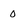
Character: 0